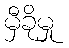
မှီခိုမှု